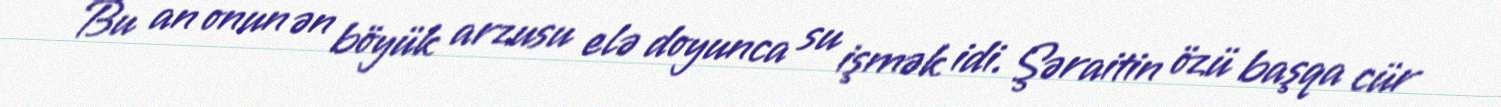
Bu an onun ən böyük arzusu elə doyunca su işmək idi. Şəraitin özü başqa cür